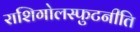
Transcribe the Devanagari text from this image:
राशिगोलस्फुटनीति